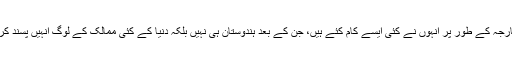
وزیرخارجہ کے طور پر انہوں نے کئی ایسے کام کئے ہیں، جن کے بعد ہندوستان ہی نہیں بلکہ دنیا کے کئی ممالک کے لوگ انہیں پسند کرتےہیں۔